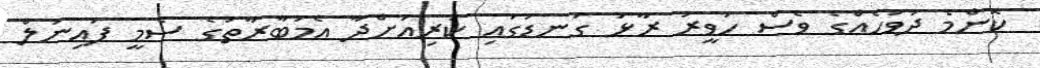
ކޮންމެ ދުވަހެއްގެ ވެސް ހަވީރު ރާޅު ގަނޑުގައި ކުރިއަށްދާ އެމުބާރާތުގެ ސެމީ ފައިނަލް